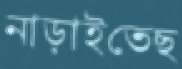
নাড়াইতেছ